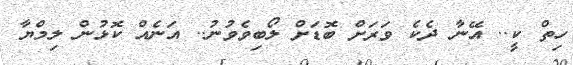
ހިތް ކީ.. އޭނާ ދެކެ ވަރަށް ބޮޑަށް ލޯބިވެވުނު.. އަނެއް ކޮޅުން ލިމްޔާ